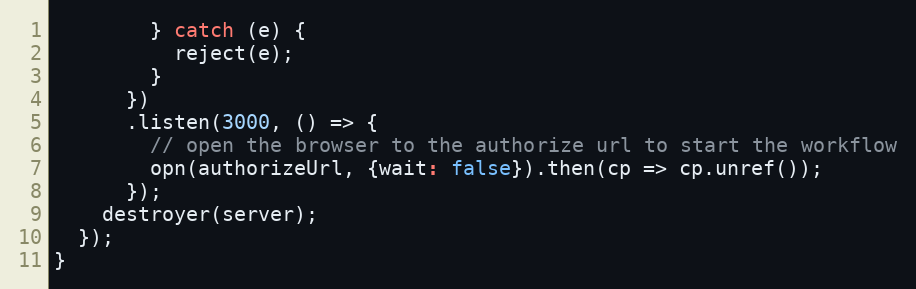
Language: JavaScript
        } catch (e) {
          reject(e);
        }
      })
      .listen(3000, () => {
        // open the browser to the authorize url to start the workflow
        opn(authorizeUrl, {wait: false}).then(cp => cp.unref());
      });
    destroyer(server);
  });
}